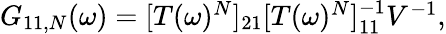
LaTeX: \begin{array}{r}{G_{11,N}(\omega)=[T(\omega)^{N}]_{21}[T(\omega)^{N}]_{11}^{-1}V^{-1},}\end{array}